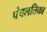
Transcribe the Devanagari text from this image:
पंचलतिका